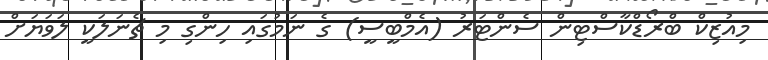
މިއުޒިކް ބްރޯޑްކާސްޓިން ސެންޓަރު (އެމްބީސީ) ގެ ނަމުގައި ހިންގި މި ޗެނަލަކީ ލަވަޔަށް